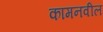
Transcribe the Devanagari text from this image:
कामनवील